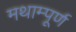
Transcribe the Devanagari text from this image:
मथाम्पूर्ण